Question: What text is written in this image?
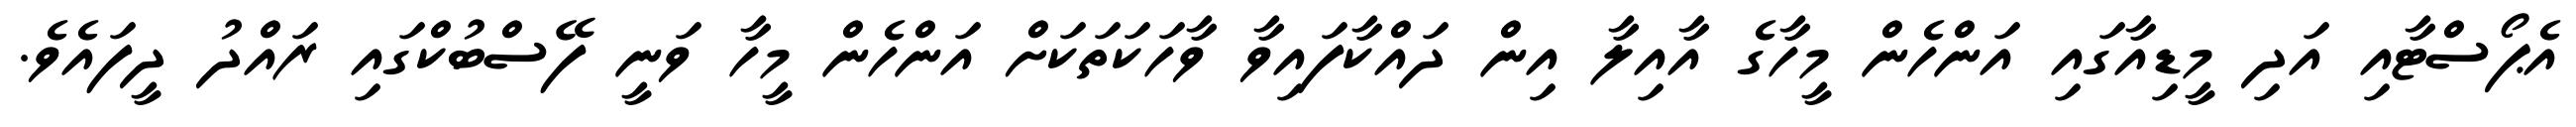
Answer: އެޕޯސްޓާއި އަދި މީޑިއާގައި އަންހެން މީހާގެ އާއިލާ އިން ދައްކާފައިވާ ވާހަކަތަކަށް އަންހެން މީހާ ވަނީ ފޭސްބުކްގައި ރައްދު ދީފައެވެ.